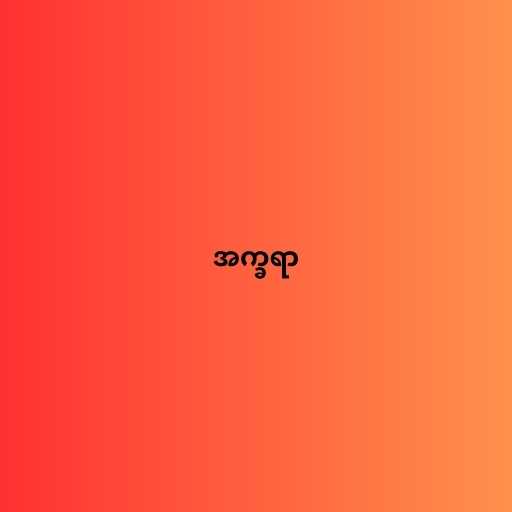
အက္ခရာ